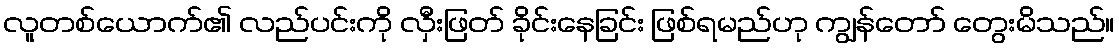
လူတစ်ယောက်၏ လည်ပင်းကို လှီးဖြတ် ခိုင်းနေခြင်း ဖြစ်ရမည်ဟု ကျွန်တော် တွေးမိသည်။